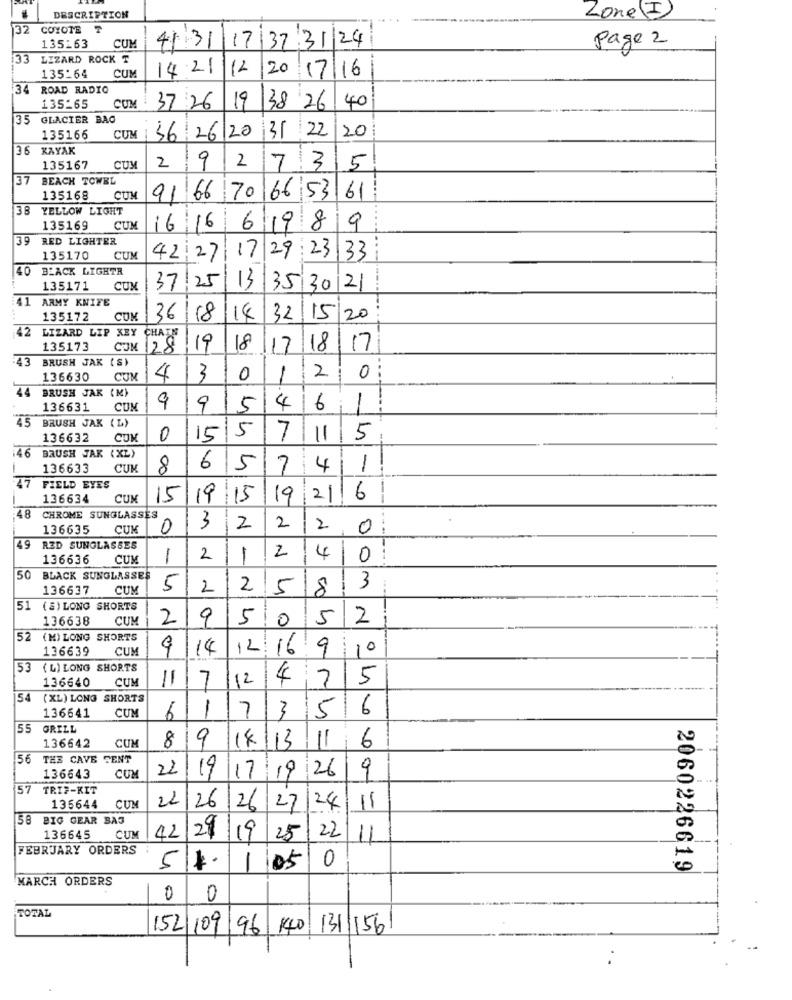
DESCRIPTION
Lone (I)
32
COYOTE
41 31 17 37 31/24
Page 2
135263
CUM
33
LIZARD ROCK T
CUM
14:21
12
20 17/16
135-64
34 ROAD RADIO
135-65
CUM
37 26
19
138 26
40
35
GLACIER BAG
CUM 56/26/20
31 22
20
35166
36 KAYAK
2
9
135167
CUM
2
7 3
5
37
BEACH TOWEL
135168
CUM
91 66 70 66 53
61
38
YELLOW LIGHT
....
135169
CUM
16
16
6198
19
39
RED LIGHTER
135170
CUM
42,27
17 29 23 33
BLACK LIGHTR
135171
CUM
37.25
13
35 30 21
41
ARMY KNIFE
135172
CUM
36
18
14
32
15/20
42 LIZARD LIP KEY CHAIN
135173
COM 28
19
18
17
18
17
43
BRUSH JAK (S)
2
136630
CUM
4
3
0
-
0
44
BRUSH JAK (M)
136631
CUN
9
9
5
4
6
1
45
BRUSH JAK (L)
5
136632
CUM
0
15
7
11
5
:46
BRUSH JAK (XL)
136633
CUK
8
6
5
7
4
1
47
FIELD EYES
136634
CUM
15
19/15
19
211
6
--
48
CHROME SUNGLASSES
136635
CUM
0
3
2
2
2
0
4.9
RED SUNGLASSES
2
136636
CUM
-
2
1
4
0
50
BLACK SUNGLASSES
3
136637
CUM
5
2
2
5
8
1 (S) LONG SHORTS
136638
CUM
2
9
510
5
2
52
(M) LONG SHORTS
136639
CUM
9
14
12 169
10
53 (L) LONG SHORTS
136640
CUM
11
7
12
4
7
5
( XL) LONG SHORTS
CUM
1
7
3
5
6
136641
6
55
GRILL
CUM
9
14/13
11
6
136642
8
56
THE CAVE SENT
22
19
17 19 26
9
136643
CUM
57
TRIF-KIT
22
135644
CUM
26
26 27
24/11
58 BIG GEAR BAS
136645
CUM
122919
25
221
11
FEBRUARY ORDERS
51.
1
05
0
2060226619
MARCH ORDERS
0
0
TOTAL
152 109 96 140
1311156